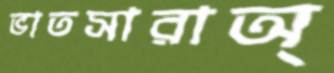
ভাতসারাঅ্